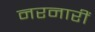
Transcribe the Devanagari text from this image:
नरनारीं